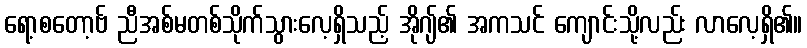
ရော့စတော့ဗ် ညီအစ်မတစ်သိုက်သွားလေ့ရှိသည့် အိုဂျ်၏ အကသင် ကျောင်းသို့လည်း လာလေ့ရှိ၏။